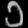
Digit: ၁